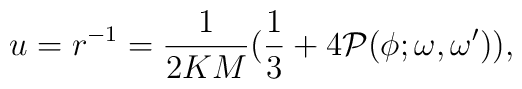
u=r^{-1}={1\over 2KM}({1\over 3}+4{\cal P}(\phi;\omega,\omega')),